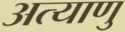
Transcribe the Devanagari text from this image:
अत्याणु